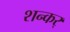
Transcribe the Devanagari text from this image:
शन्कर्